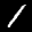
Label: 1